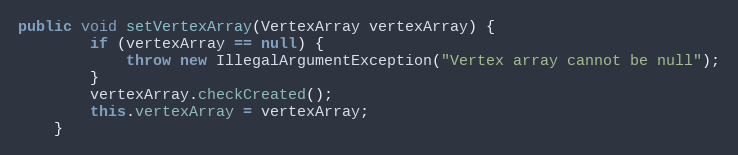
Language: Java
public void setVertexArray(VertexArray vertexArray) {
        if (vertexArray == null) {
            throw new IllegalArgumentException("Vertex array cannot be null");
        }
        vertexArray.checkCreated();
        this.vertexArray = vertexArray;
    }